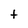
Character: t